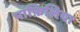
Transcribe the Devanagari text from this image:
पांफ़िलिया